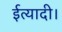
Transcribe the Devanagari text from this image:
ईत्यादी।